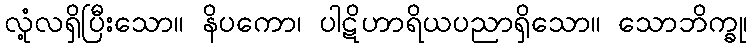
လုံ့လရှိပြီးသော။ နိပကော၊ ပါဋိဟာရိယပညာရှိသော။ သောဘိက္ခု၊